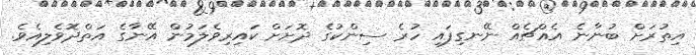
އިތުރަށް ބުނާނެ އެއްޗެއް ނޭނގިފައި ހުރެ ސިންކުގެ ދޮށަށް ކައިރިވެލަމުން އޭނާގެ އަތްދޮވެލިއެވެ.